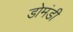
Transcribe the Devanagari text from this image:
डोमंडी